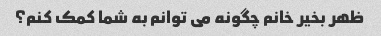
ظهر بخیر خانم چگونه می توانم به شما کمک کنم؟